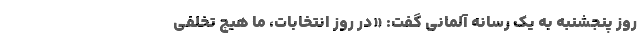
روز پنجشنبه به یک رسانه آلمانی گفت: «در روز انتخابات، ما هیچ تخلفی